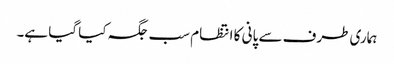
ہماری طرف سے پانی کا انتظام سب جگہ کیا گیا ہے۔